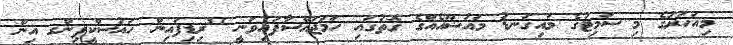
މިއަހަރުގެ މި ސަމިޓުގެ މައިގަނޑު މައުޟޫއެއްގެ ގޮތުގައި ހަމަޖައްސާފައިވަނީ "ރިޑިފައިން ހައުސްކީޕިންގ އިން